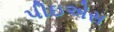
પીઇએસ